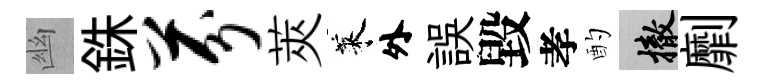
幽銖芬莢萊外誤毀孝酌撤劘